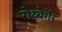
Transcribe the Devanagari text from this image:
रोथ्बेर्गेर